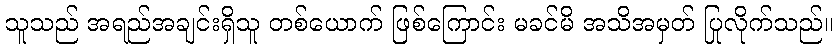
သူသည် အရည်အချင်းရှိသူ တစ်ယောက် ဖြစ်ကြောင်း မခင်မိ အသိအမှတ် ပြုလိုက်သည်။